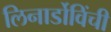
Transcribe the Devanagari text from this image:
लिनार्डोविंची